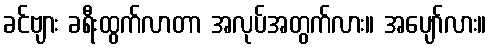
ခင်ဗျား ခရီးထွက်လာတာ အလုပ်အတွက်လား။ အပျော်လား။